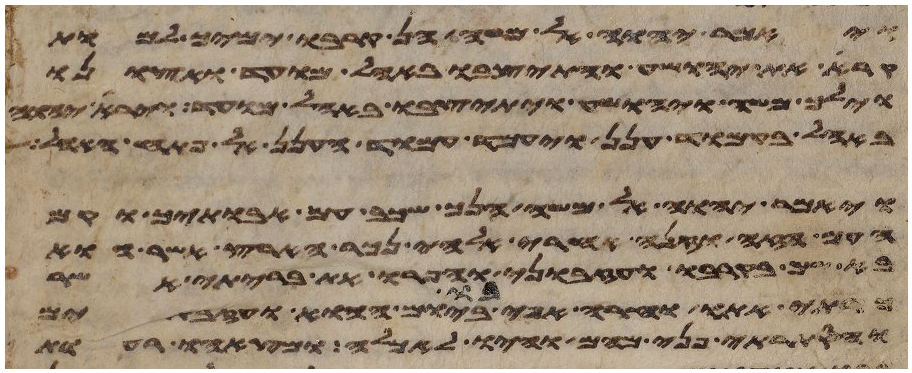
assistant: ויאמר יהוה אל משה הן קרבו ימיך למות
קרא את יהושע והתיצבו באהל מועד ואצונו
וילך משה ויהושע ויתיצבו באהל מועד ויראה יהוה
באהל בעמוד ענן ויעמד עמוד הענן אל פתח האהל
ויאמר יהוה אל משה הנך שכב עם אבתיך וקם
העם הזה וזנה אחרי אלהי נכר הארץ אשר הוא
בא שמה בקרבו ועזבוני והפרו את בריתי אשר
כרתי אתו וחרה אפי בו ביום ההוא ועזבתים
והסתרתי פני מהם והיו לאכלה ומצאהו רעות